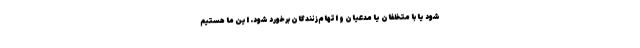
شود یا با متخلفان یا مدعیان و اتهام‌زنندگان برخورد شود. این ما هستیم